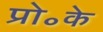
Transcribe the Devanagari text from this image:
प्रो॰के